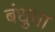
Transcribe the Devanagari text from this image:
बंधुचा